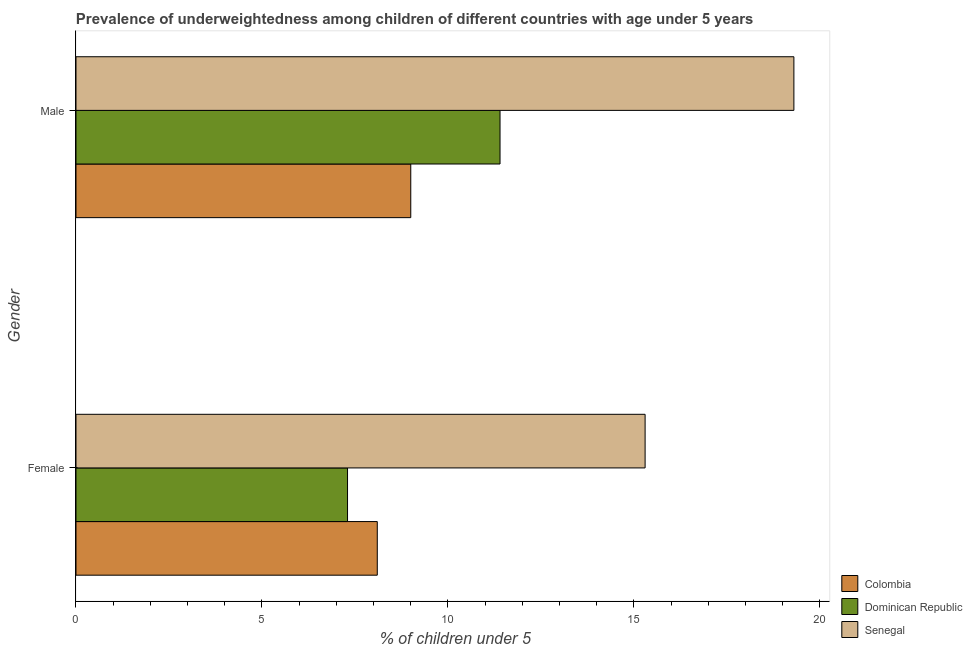
| Gender | Colombia | Dominican Republic | Senegal |
 | --- | --- | --- | --- |
 | Female | 8.1 | 7.3 | 15.3 |
 | Male | 9 | 11.4 | 19.3 |